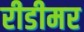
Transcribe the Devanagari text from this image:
रीडीमर